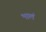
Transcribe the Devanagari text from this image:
भालं